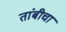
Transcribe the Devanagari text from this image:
तांबीचा